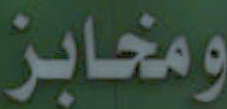
ومخابز